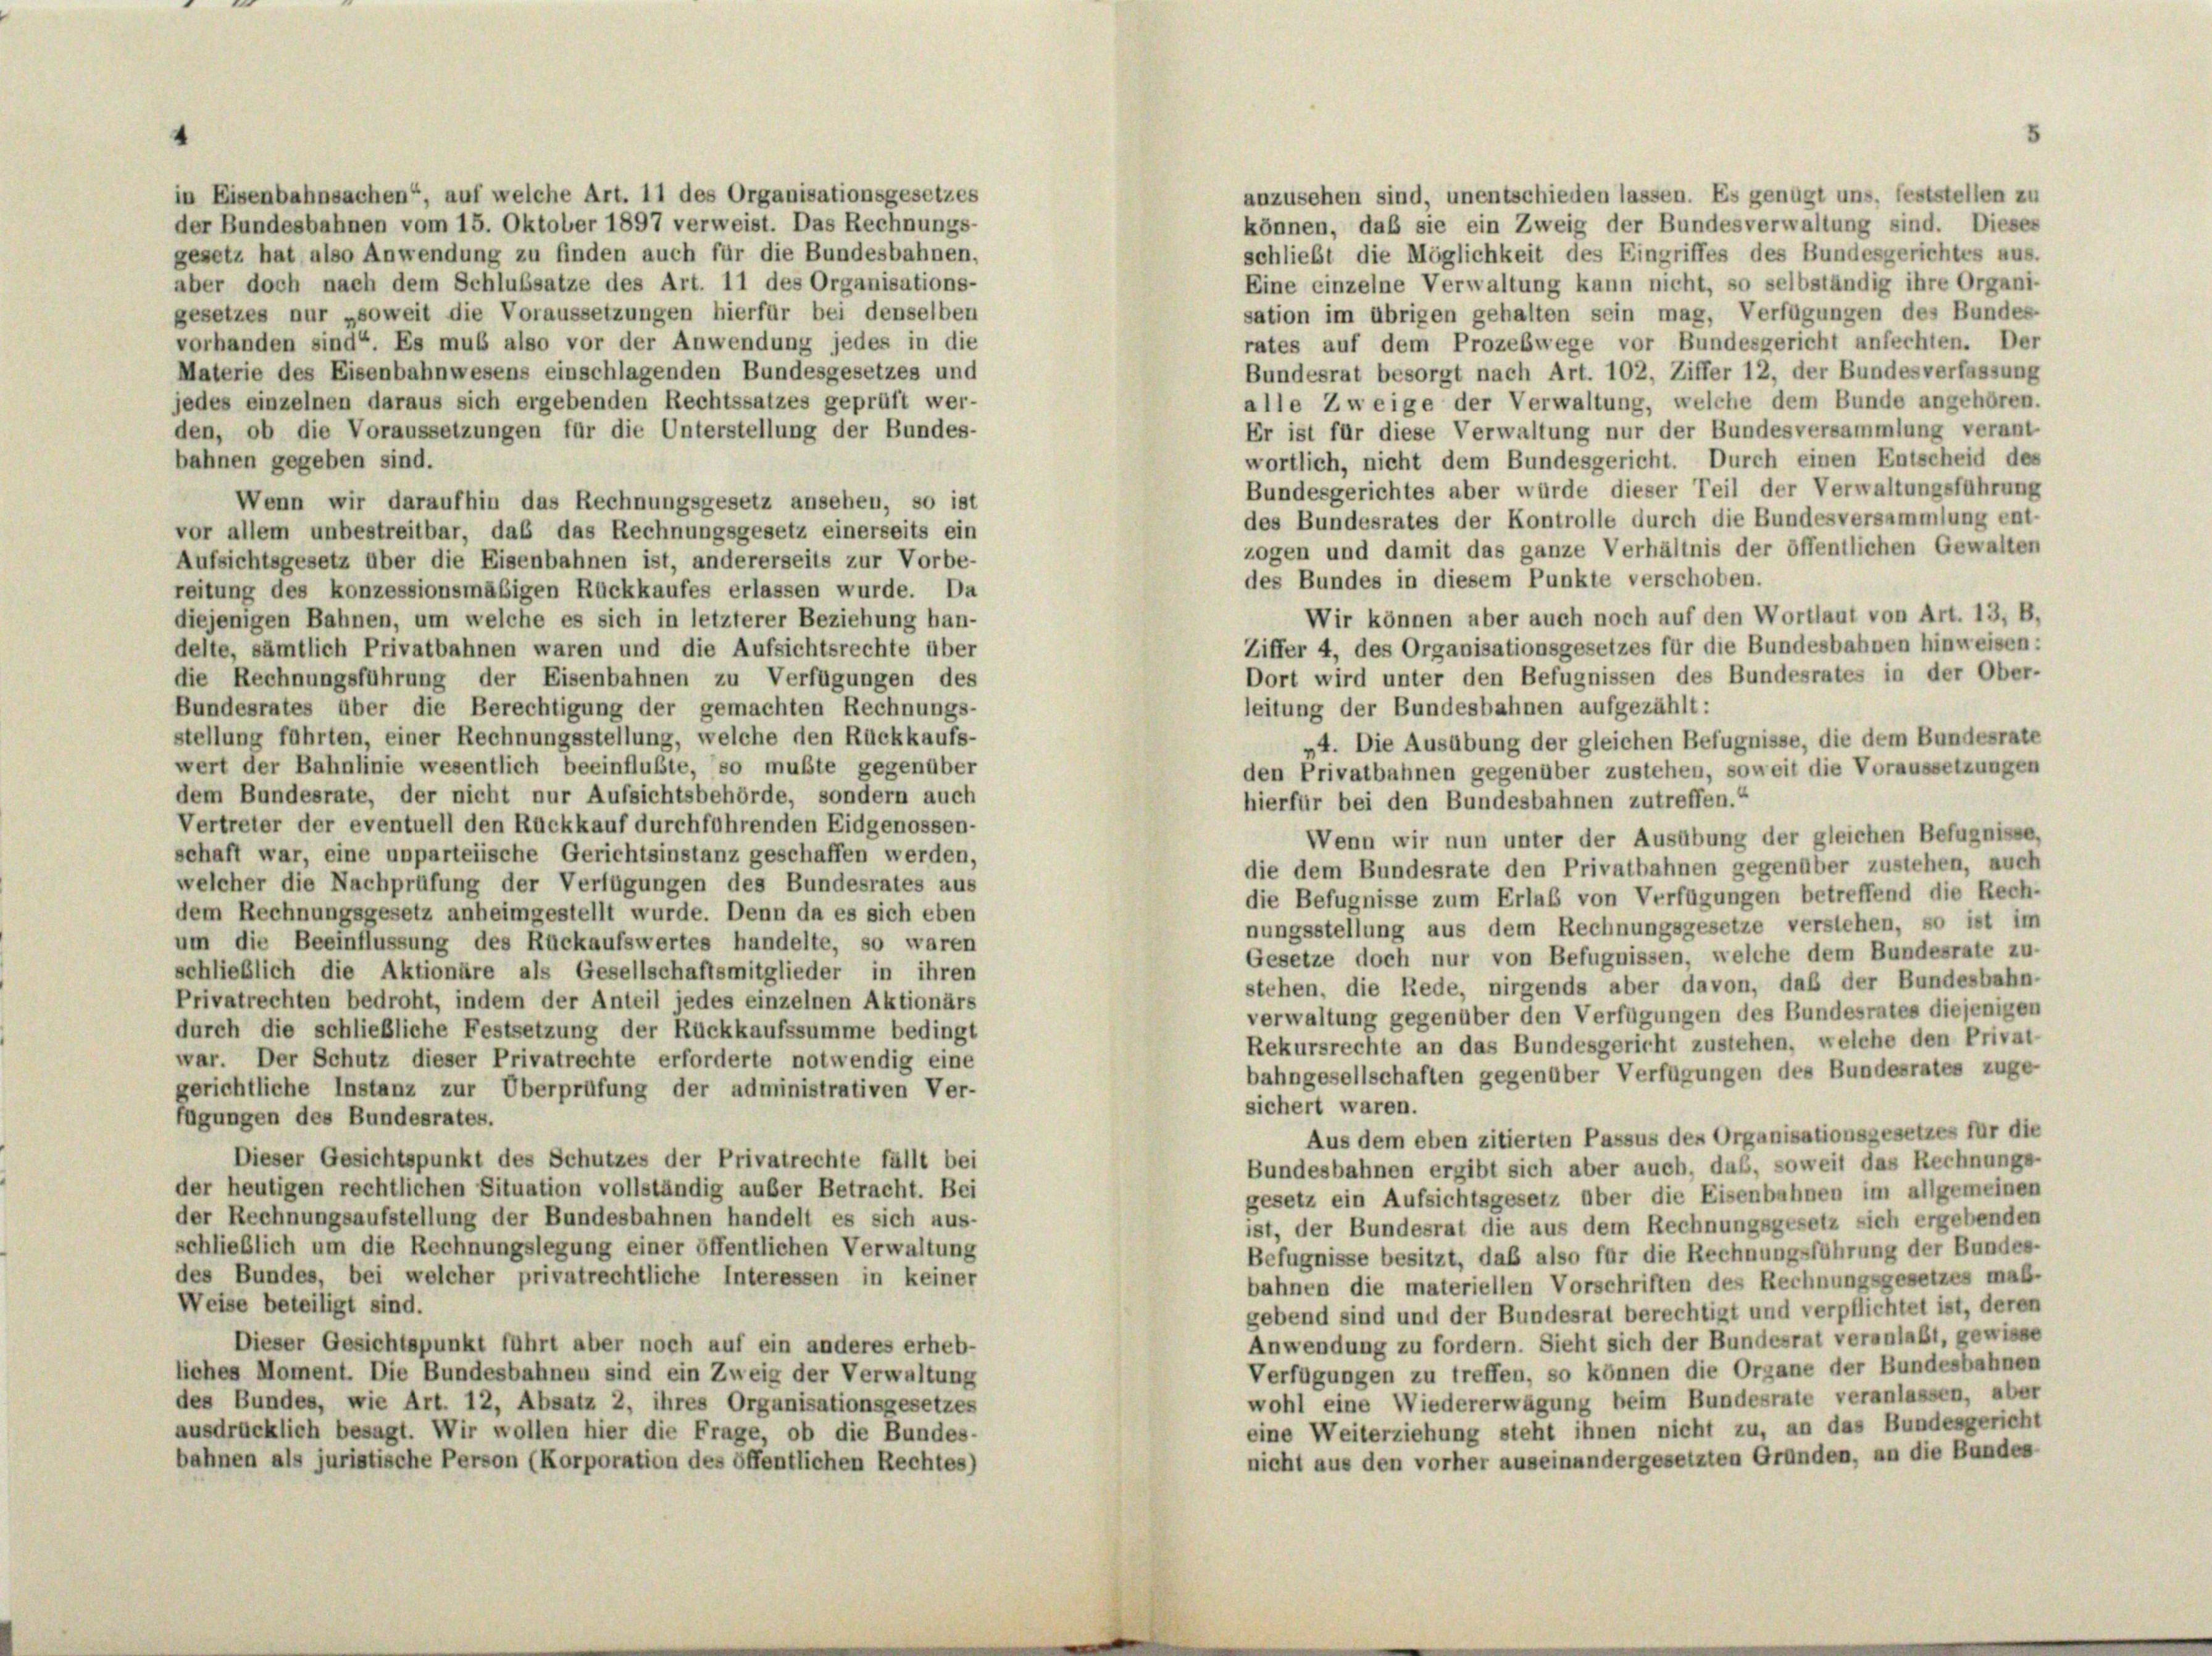
gesetzes nur „soweit die Voraussetzungen hierfür bei denselben
vorhanden sind“. Es muß also vor der Anwendung jedes in die
Materie des Eisenbahnwesens einschlagenden Bundesgesetzes und
jedes einzelnen daraus sich ergebenden Rechtssatzes geprüft wer-
den, ob die Voraussetzungen für die Unterstellung der Bundes-
bahnen gegeben sind.
Wenn wir daraufhin das Rechnungsgesetz ansehen, so ist
vor allem unbestreitbar, das das Rechnungsgesetz einerseits ein
Aufsichtsgesetz über die Eisenbahnen ist, andererseits zur Vorbe-
reitung des konzessionsmäßigen Rückkaufes erlassen wurde. Da
diejenigen Bahnen, um welche es sich in letzterer Beziehung han-
delte, sämtlich Privatbahnen waren und die Aufsichtsrechte über
die Rechnungsführung der Eisenbahnen zu Verfügungen des
Bundesrates über die Berechtigung der gemachten Rechnungs-
stellung führten, einer Rechnungsstellung, welche den Rückkaufs-
wert der Bahnlinie wesentlich beeinflußte, so mußte gegenüber
dem Bundesrate, der nicht nur Aufsichtsbehörde, sondern auch
Vertreter der eventuell den Rückkauf durchführenden Eidgenossen-
schaft war, eine unparteiische Gerichtsinstanz geschaffen werden,
welcher die Nachprüfung der Verfügungen des Bundesrates aus
dem Rechnungsgesetz anheimgestellt wurde. Denn da es sich eben
um die Beeinflussung des Rückaufswertes handelte, so waren
schließlich die Aktionäre als Gesellschaftsmitglieder in ihren
Privatrechten bedroht, indem der Anteil jedes einzelnen Aktionärs
durch die schließliche Festsetzung der Rückkaufssumme bedingt
war. Der Schutz dieser Privatrechte erforderte notwendig eine
gerichtliche Instanz zur Überprüfung der administrativen Ver-
fügungen des Bundesrates.
Dieser Gesichtspunkt des Schutzes der Privatrechte fällt bei
der heutigen rechtlichen Situation vollständig außer Betracht. Bei
der Rechnungsaufstellung der Bundesbahnen handelt es sich aus-
schließlich um die Rechnungslegung einer öffentlichen Verwaltung
des Bundes, bei welcher privatrechtliche Interessen in keiner
Weise beteiligt sind.
Dieser Gesichtspunkt führt aber noch auf ein anderes erheb-
liches Moment. Die Bundesbahnen sind ein Zweig der Verwaltung
des Bundes, wie Art. 12, Absatz 2, ihres Organisationsgesetzes
ausdrücklich besagt. Wir wollen hier die Frage, ob die Bundes-
bahnen als juristische Person (Korporation des öffentlichen Rechtes)

in Eisenbahnsachen“, auf welche Art. 11 des Organisationsgesetzes
der Bundesbahnen vom 15. Oktober 1897 verweist. Das Rechnungs-
gesetz hat also Anwendung zu finden auch für die Bundesbahnen,
aber doch nach dem Schlußsatze des Art. 11 des Organisations-

schließt die Möglichkeit des Eingriffes des Bundesgerichtes aus.
Eine einzelne Verwaltung kann nicht, so selbständig ihre Organi-
sation im übrigen gehalten sein mag, Verfügungen des Bundes-
rates auf dem Prozeßwege vor Bundesgericht anfechten. Der
Bundesrat besorgt nach Art. 102, Ziffer 12, der Bundesverfassung
alle Zweige der Verwaltung, welche dem Bunde angehören.
Er ist für diese Verwaltung nur der Bundesversammlung verant
wortlich, nicht dem Bundesgericht. Durch einen Entscheid des
Bundesgerichtes aber würde dieser Teil der Verwaltungsführung
des Bundesrates der Kontrolle durch die Bundesversammlung ent-
zogen und damit das ganze Verhältnis der öffentlichen Gewalten
des Bundes in diesem Punkte verschoben.
Wir können aber auch noch auf den Wortlaut von Art. 13, B,
Ziffer 4, des Organisationsgesetzes für die Bundesbahnen hinweisen.
Dort wird unter den Befugnissen des Bundesrates in der Ober-
leitung der Bundesbahnen aufgezählt:
4. Die Ausübung der gleichen Befugnisse, die dem Bundesrate
den Privatbahnen gegenüber zustehen, soweit die Voraussetzungen
Wenn wir nun unter der Ausübung der gleichen Befugnisse,
die dem Bundesrate den Privatbahnen gegenüber zustehen, auch
die Befugnisse zum Erlaß von Verfügungen betreffend die Rech-
nungsstellung aus dem Rechnungsgesetze verstehen, so ist im
Gesetze doch nur von Befugnissen, welche dem Bundesrate zu-
stehen, die Rede, nirgends aber davon, daß der Bundesbahn-
verwaltung gegenüber den Verfügungen des Bundesrates diejenigen
Rekursrechte an das Bundesgericht zustehen, welche den Privat-
bahngesellschaften gegenüber Verfügungen des Bundesrates zuge
sichert waren.
Aus dem eben zitierten Passus des Organisationsgesetzes für die
Bundesbahnen ergibt sich aber auch, das, soweit das Rechnungs-
gesetz ein Aufsichtsgesetz über die Eisenbahnen im allgemeinen
ist, der Bundesrat die aus dem Rechnungsgesetz sich ergebenden
Befugnisse besitzt, daß also für die Rechnungsführung der Bundes-
bahnen die materiellen Vorschriften des Rechnungsgesetzes maß-
gebend sind und der Bundesrat berechtigt und verpflichtet ist, deren
Anwendung zu fordern. Sieht sich der Bundesrat veranlaßt, gewisse
Verfügungen zu treffen, so können die Organe der Bundesbahnen
wohl eine Wiedererwägung beim Bundesrate veranlassen, aber
eine Weiterziehung steht ihnen nicht zu, an das Bundesgericht
nicht aus den vorher auseinandergesetzten Gründen, an die Bundes

anzusehen sind, unentschieden lassen. Es genügt uns, feststellen zu
können, daß sie ein Zweig der Bundesverwaltung sind. Dieses

hierfür bei den Bundesbahnen zutreffen.“